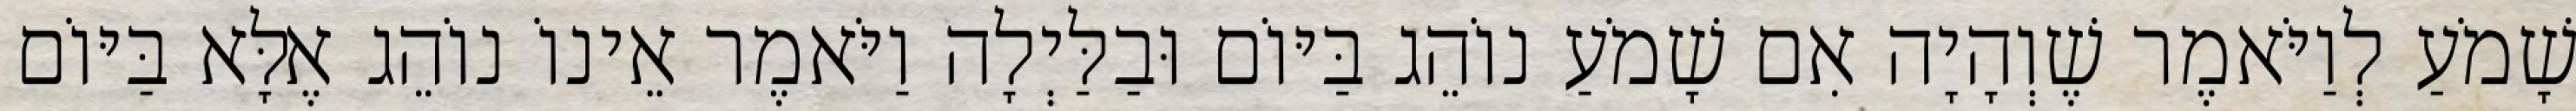
שָׁמֹעַ לְוַיֹּאמֶר שֶׁוְהָיָה אִם שָׁמֹעַ נוֹהֵג בַּיּוֹם וּבַלַּיְלָה וַיֹּאמֶר אֵינוֹ נוֹהֵג אֶלָּא בַּיּוֹם